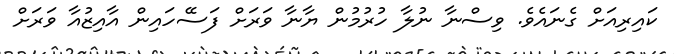
ކައިރިއަށް ގެނައެވެ. ވިސްނާ ނުލާ ހުރުމުން ޔާނާ ވަރަށް ފަސޭހައިން އާއިޒުއާ ވަރަށް